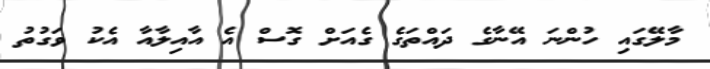
މާލޭގައި ހުންނަ އޭނާގެ ދައްތަގެ ގެއަށް ގޮސް އެ އާއިލާއާ އެކު ވަގުތު